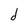
Character: d